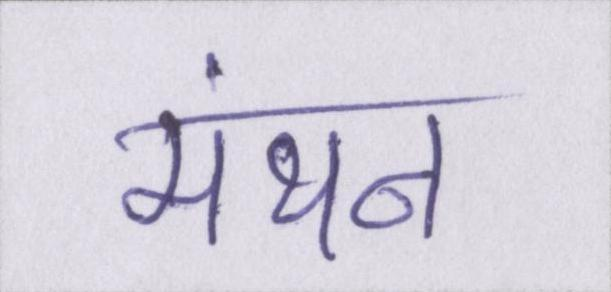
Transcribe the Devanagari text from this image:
मंथन